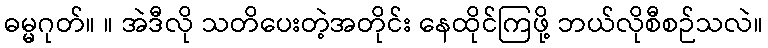
ဓမ္မဂုတ်။ ။ အဲဒီလို သတိပေးတဲ့အတိုင်း နေထိုင်ကြဖို့ ဘယ်လိုစီစဉ်သလဲ။